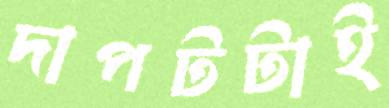
দাপটটাই